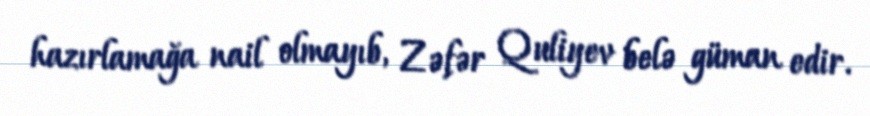
hazırlamağa nail olmayıb, Zəfər Quliyev belə güman edir.